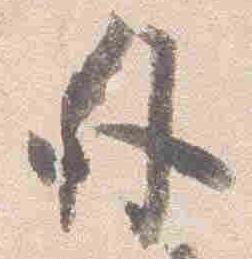
外